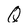
Character: Q